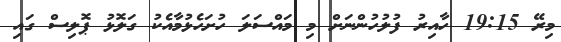
މިރޭ 19:15 ހާއިރު ފުލުހުންނަށް މި މައްސަލަ ހުށަހެޅުމާއެކު ގަލޮޅު ޕޮލިސް ގައި